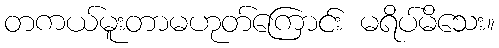
တကယ်မူးတာမဟုတ်ကြောင်း မရိပ်မိသေး။